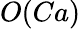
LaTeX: O(Ca)